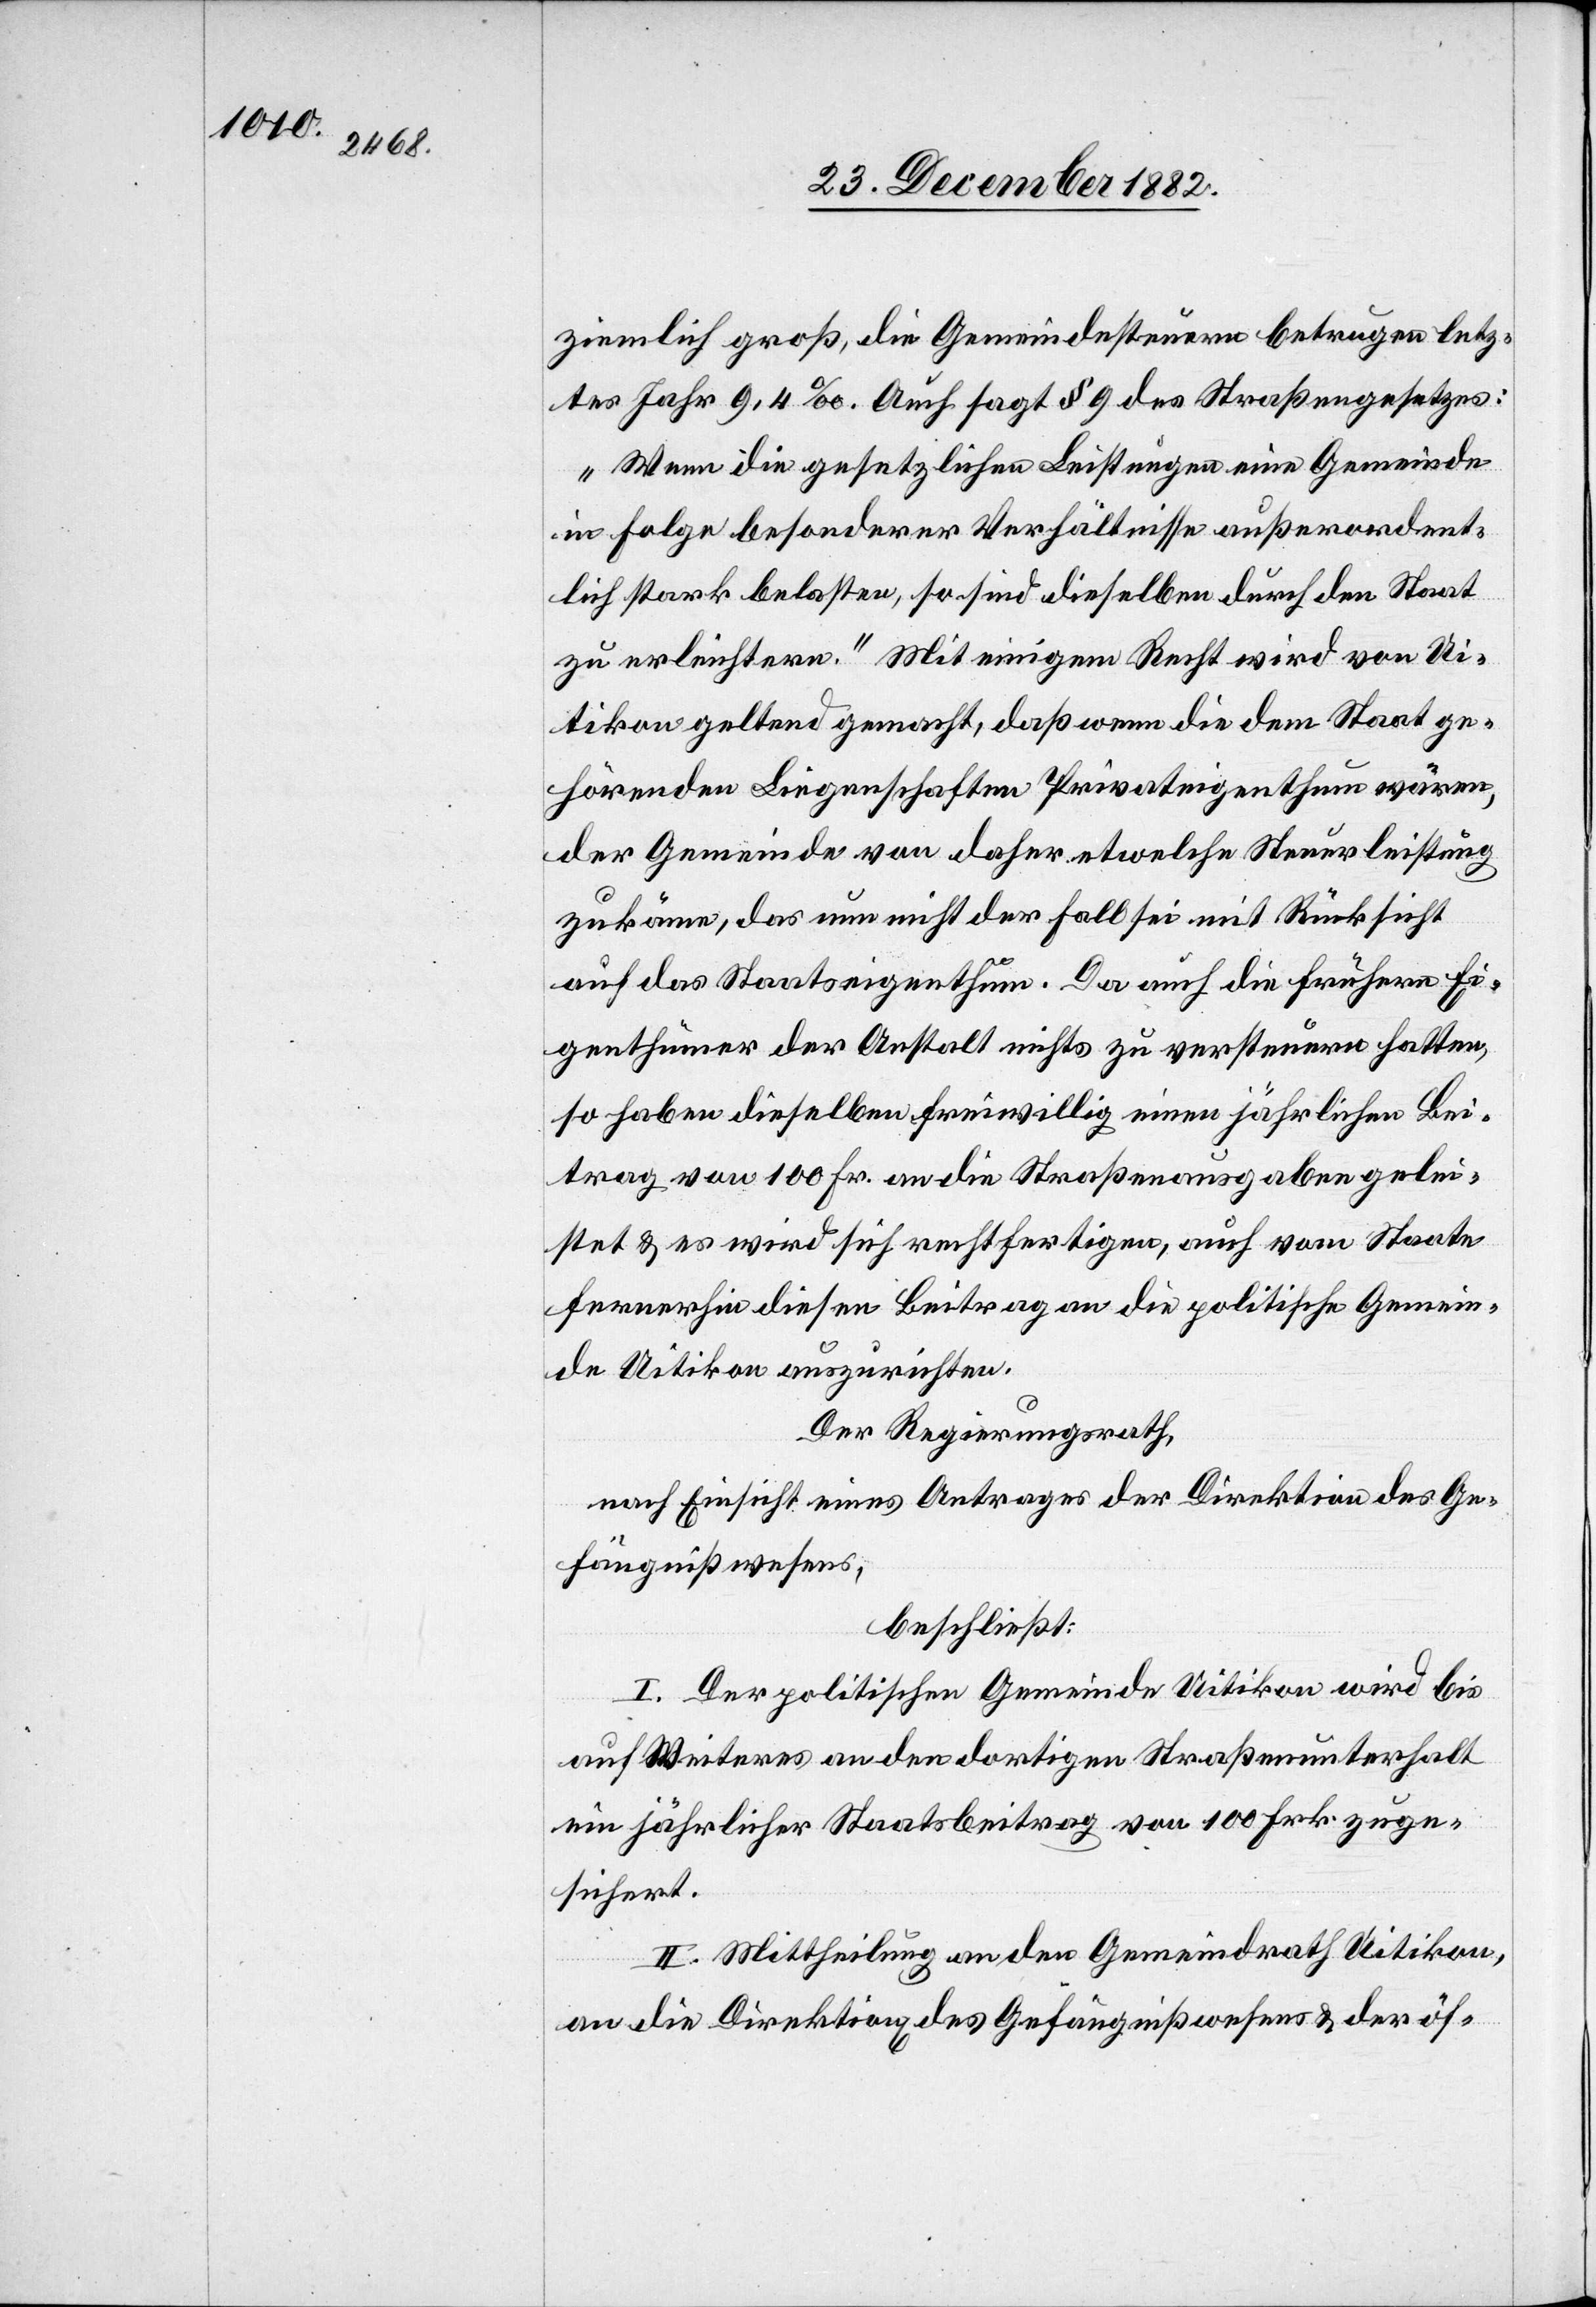
ziemlich groß, die Gemeindesteuern betrugen letz¬
tes Jahr 9,4‰. Auch sagt § 9 des Straßengesetzes:
„Wenn die gesetzlichen Leistungen eine Gemeinde
in Folge besonderer Verhältnisse außerordent¬
lich stark belasten, so sind dieselben durch den Staat
zu erleichtern.“ Mit einigem Recht wird von Ui¬
tikon geltend gemacht, daß wenn die dem Staat ge¬
hörenden Liegenschaften Privateigenthum wären,
der Gemeinde von daher etwelche Steuerleistung
zukäme, das nun nicht der fall sei mit Rücksicht
auf das Staatseigenthum. Da auch die frühern Ei¬
genthümer der Anstalt nichts zu versteuern hatten,
so haben dieselben freiwillig einen jährlichen Bei¬
trag von 100 Fr. an die Straßenausgaben gelei¬
stet & es wird sich rechtfertigen, auch vom Staate
fernerhin diesen Beitrag an die politische Gemein¬
de Uitikon auszurichten.
Der Regierungsrath,
nach Einsicht eines Antrages der Direktion des Ge¬
fängnißwesens,
beschließt:
I. Der politischen Gemeinde Uitikon wird bis
auf Weiteres an den dortigen Straßenunterhalt
ein jährlicher Staatsbeitrag von 100 Frk. zuge¬
sichert.
II. Mittheilung an den Gemeindrath Uitikon,
an die Direktion des Gefängnißwesens & der öf-